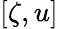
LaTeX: [\zeta,u]